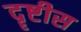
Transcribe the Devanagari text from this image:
दॄष्टीस